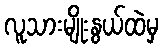
လူသားမျိုးနွယ်ထဲမှ